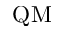
\mathrm { Q M }